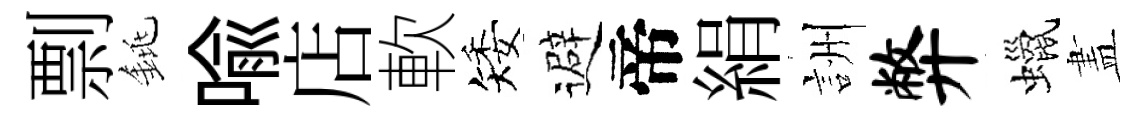
剽銚喩店軟矮避帝絹詶弊蠟𥁞